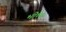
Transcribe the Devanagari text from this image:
भीष्मः